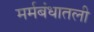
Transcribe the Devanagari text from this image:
मर्मबंधातली